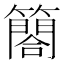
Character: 𮆤